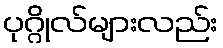
ပုဂ္ဂိုလ်များလည်း